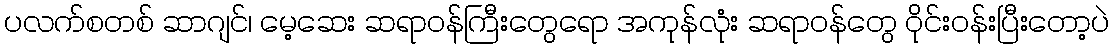
ပလက်စတစ် ဆာဂျင်၊ မေ့ဆေး ဆရာဝန်ကြီးတွေရော အကုန်လုံး ဆရာဝန်တွေ ဝိုင်းဝန်းပြီးတော့ပဲ